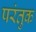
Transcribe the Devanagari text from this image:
परंतुक